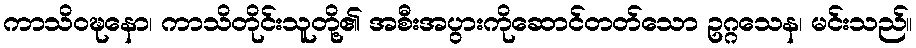
ကာသိဝဍ္ဎနော၊ ကာသိတိုင်းသူတို့၏ အစီးအပွားကိုဆောင်တတ်သော ဥဂ္ဂသေန၊ မင်းသည်။